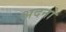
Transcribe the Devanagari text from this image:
अदनो